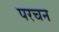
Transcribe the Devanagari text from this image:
परचन